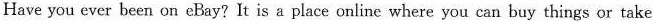
Have you ever been on eBay?It is a place online where you can buy things or take